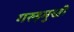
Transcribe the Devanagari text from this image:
गरुड़मुखी